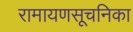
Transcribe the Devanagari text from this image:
रामायणसूचनिका